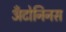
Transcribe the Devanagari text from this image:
अँटोनिनस